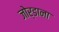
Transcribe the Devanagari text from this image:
जोर्डाना